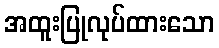
အထူးပြုလုပ်ထားသော